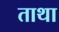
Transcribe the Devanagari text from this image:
ताथा